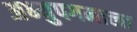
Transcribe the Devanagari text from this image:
अभ्युपगमाला